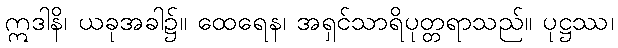
ဣဒါနိ၊ ယခုအခါ၌။ ထေရေန၊ အရှင်သာရိပုတ္တရာသည်။ ပုဋ္ဌဿ၊